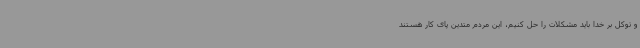
و توکل بر خدا باید مشکلات را حل کنیم، این مردم متدین پای کار هستند